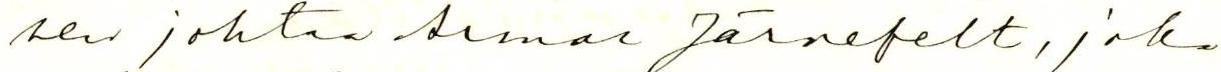
sen johtaa Armas Järnefelt, joka